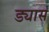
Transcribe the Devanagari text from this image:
ड्यास